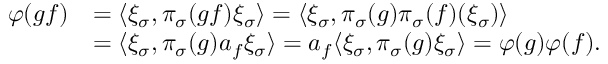
\begin{array} { r l } { \varphi ( g f ) } & { = \langle \xi _ { \sigma } , \pi _ { \sigma } ( g f ) \xi _ { \sigma } \rangle = \langle \xi _ { \sigma } , \pi _ { \sigma } ( g ) \pi _ { \sigma } ( f ) ( \xi _ { \sigma } ) \rangle } \\ & { = \langle \xi _ { \sigma } , \pi _ { \sigma } ( g ) a _ { f } \xi _ { \sigma } \rangle = a _ { f } \langle \xi _ { \sigma } , \pi _ { \sigma } ( g ) \xi _ { \sigma } \rangle = \varphi ( g ) \varphi ( f ) . } \end{array}